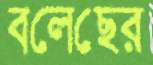
বলেছের